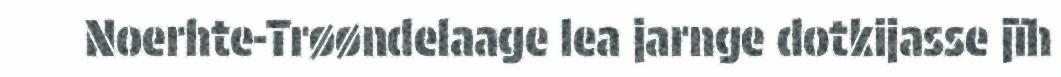
Noerhte-Trøøndelaage lea jarnge dotkijasse jïh